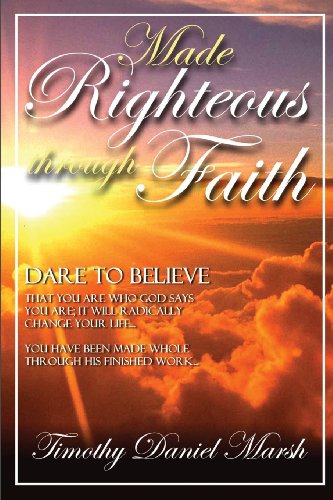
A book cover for Made Righteous Through Faith; Timothy Marsh; Christian Books & Bibles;